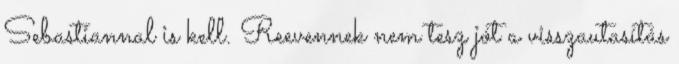
Sebastiannal is kell. Reevennek nem tesz jót a visszautasítás